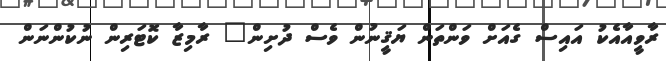
ރާވީއާއެކު އައިސް ގެއަށް ވަންތަން ޔަޤީނުން ވެސް ދުށިން" ރާމިޒާ ކޮޓަރިން ނުކުންނަން